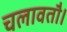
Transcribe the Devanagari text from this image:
चलावतौ।